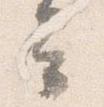
云